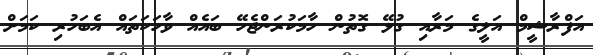
އަފްރާޝީމް އަލީގެ މަރާއި ގުޅޭ ގޮތުން ހާމަކުރަންޖެހޭ ބައެއް ވާހަކަތައް އެބަހުރި ކަމަށް